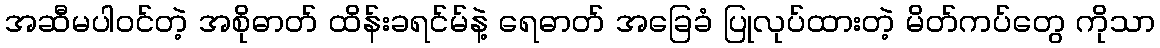
အဆီမပါဝင်တဲ့ အစိုဓာတ် ထိန်းခရင်မ်နဲ့ ရေဓာတ် အခြေခံ ပြုလုပ်ထားတဲ့ မိတ်ကပ်တွေ ကိုသာ